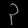
Digit: ၃